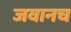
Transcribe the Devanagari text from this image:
जवानच